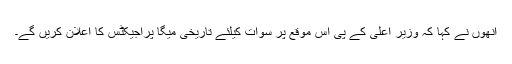
انھوں نے کہا کہ وزیر اعلیٰ کے پی اس موقع پر سوات کیلئے تاریخی میگا پراجیکٹس کا اعلان کریں گے۔